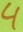
Text: 4